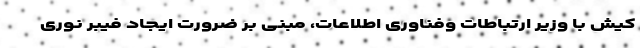
کیش با وزیر ارتباطات وفناوری اطلاعات، مبنی بر ضرورت ایجاد فیبر نوری